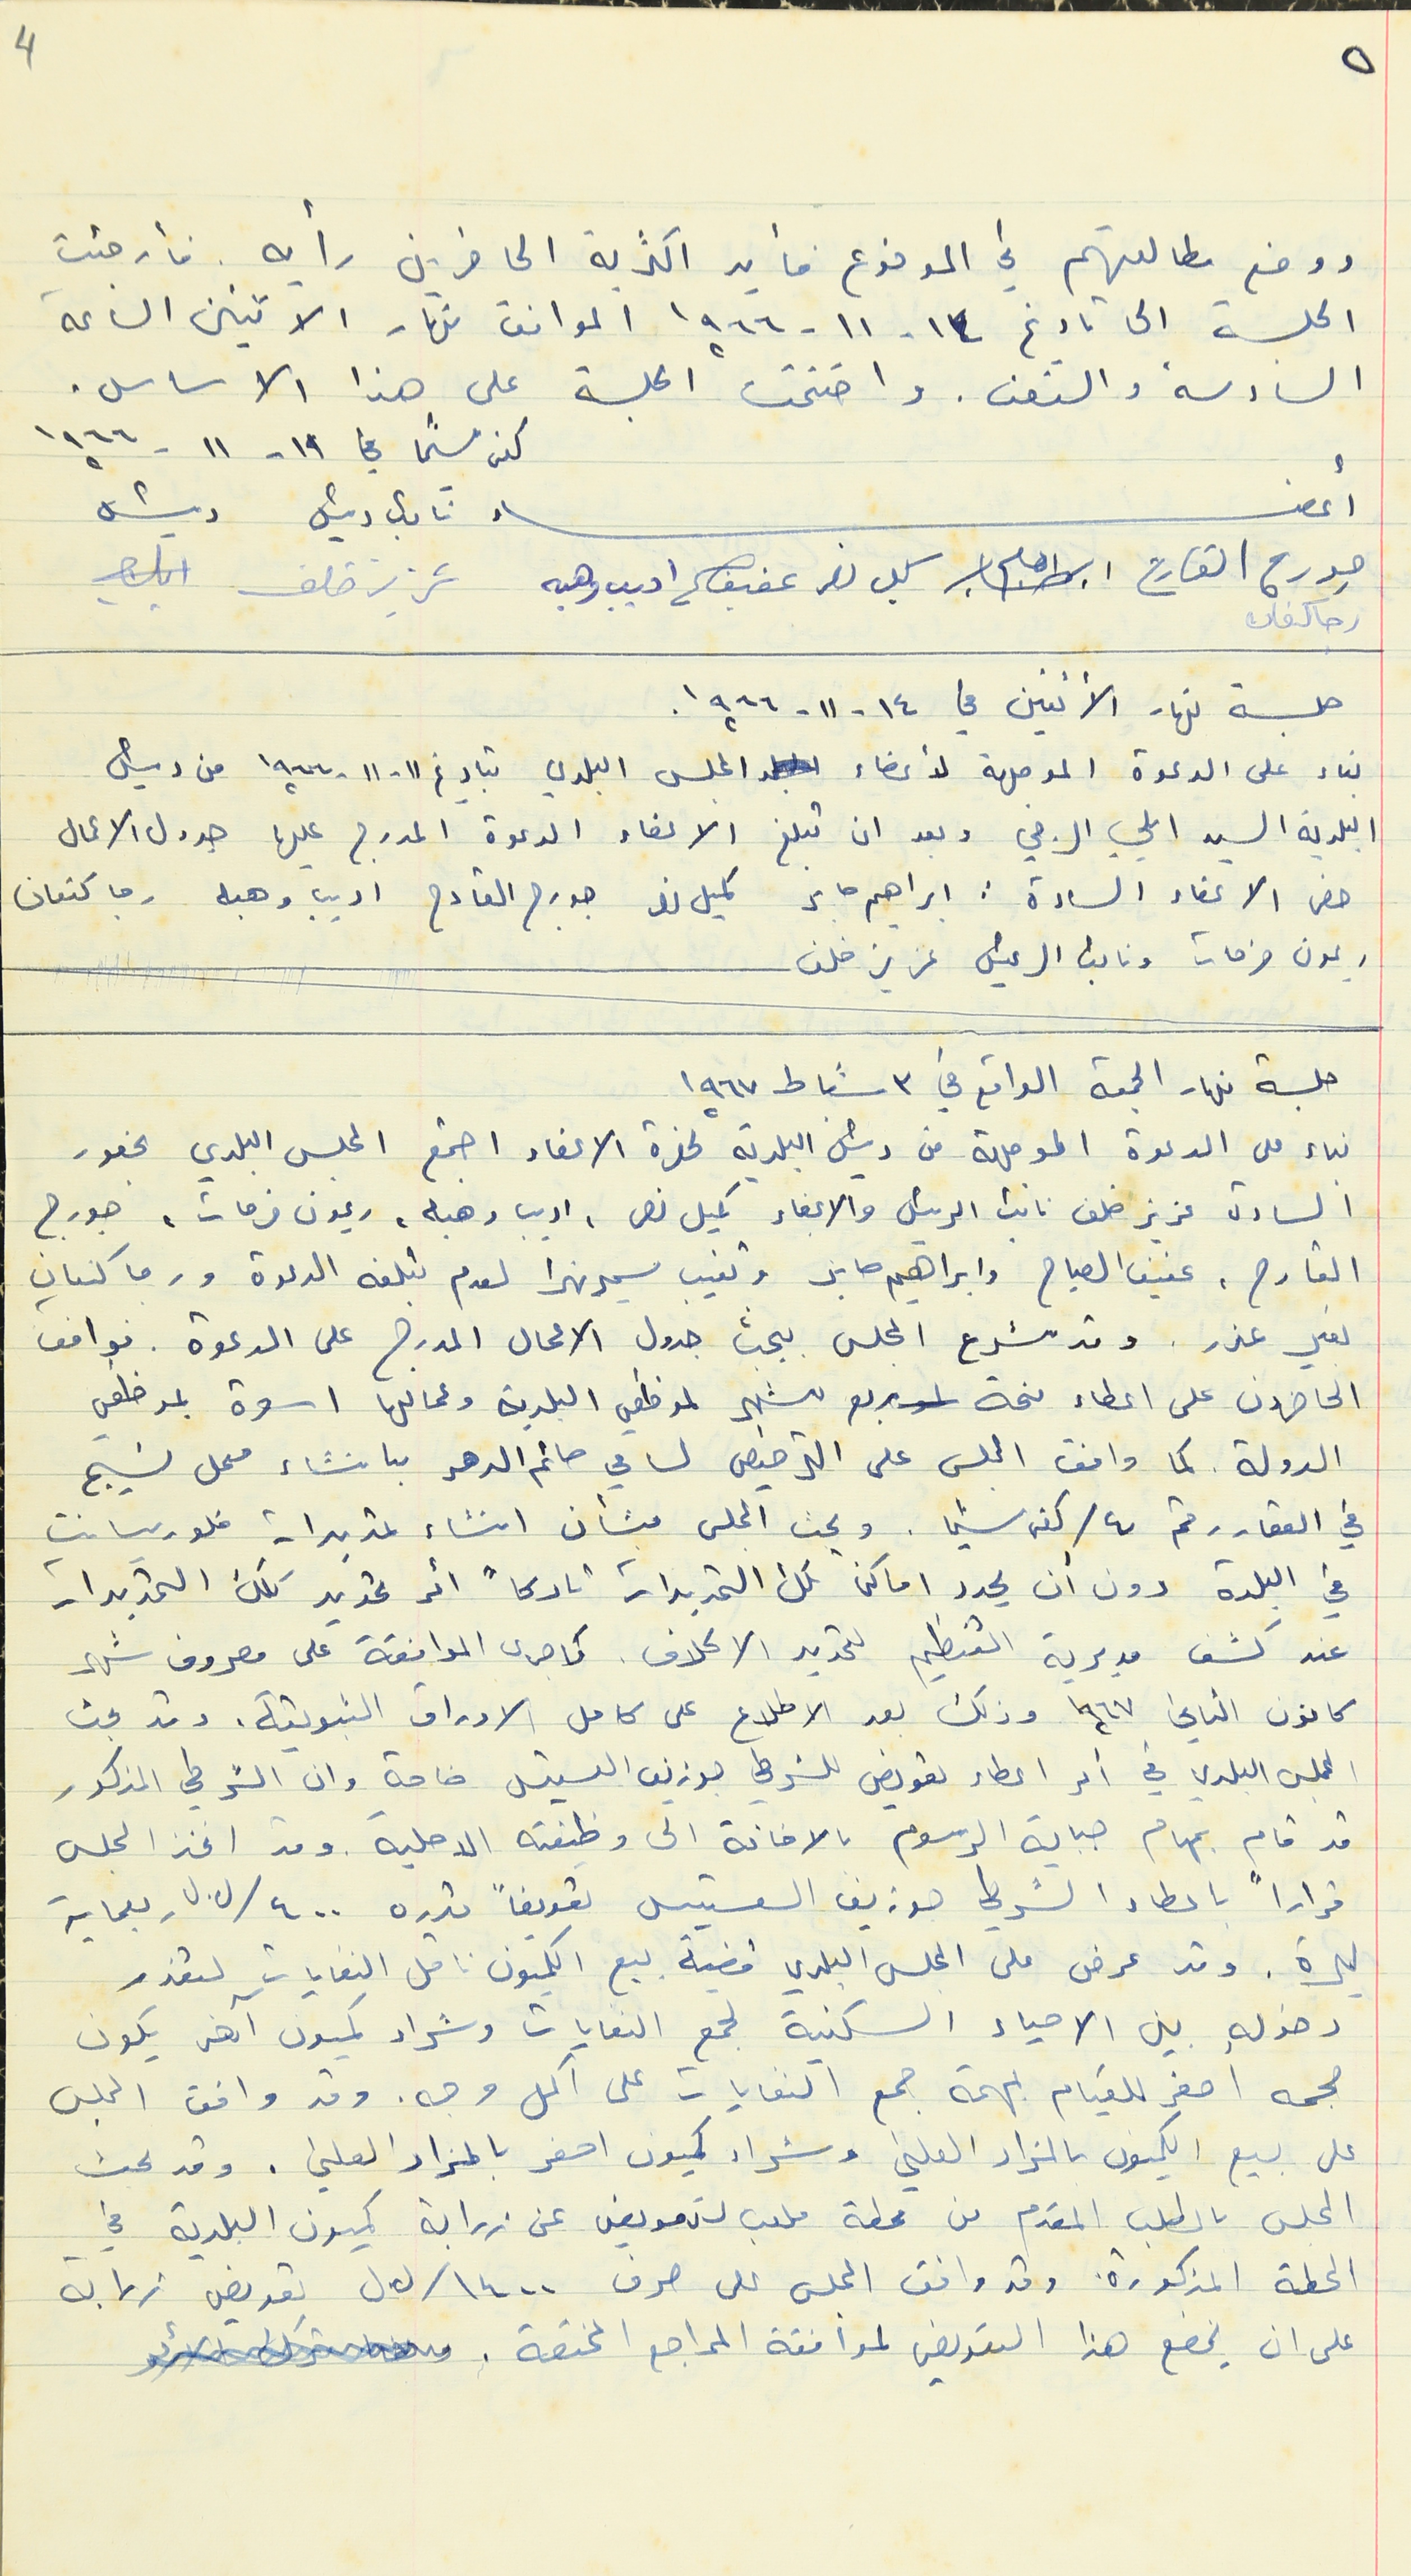
ووضع مطالعتهم في الموضوع فأيد اكثرية الحاضرين رأيه. فأرجئت
الجلسة الى تاريخ ١٤- ١١- ١٩٦٦ الموافق نهار الاثنين الساعة
السادسة والنصف. واختتمت الجلسة على هذا الاساس.
جورج القارح ابراهيم كميل نصر عفيف اديب وهبه عزيز خلف
جلسة نهار الأثنين في ١٤ - ١١- ١٩٦٦.
بناء على الدعوة الموجهة لأعضاء المجلس البلدي بتاريخ ١١ - ١١ - ١٩٦٦ من رئيس
البلدية السيد ايلي الرجي وبعد ان تبلغ الاعضاء الدعوة المدرج عليها جدول الاعمال
حضر الاعضاء السادة : ابراهيم صابر كميل نصر جورج القارح اديب وهبه رجا كتعان
ريمون فرحات ونائب الرئيس عزيز خلف
جلسة نهار الجمعة الواقع في ٣ شباط ١٩٦٧
بناء على الدعوة الموجهة من رئيس البلدية لحضرة الاعضاء اجتمع المجلس البلدي بحضور
السادة عزيز خلف نائب الرئيس والاعضاء كميل نصر ، اديب وهبه، ريمون فرحات، جورج
القارح، عفيف الصياح وابراهيم صابر وتغيب سمير نهرا لعدم تبلغه الدعوة ورجا كنعان
بغير عذر. وقد شرع المجلس ببحث جدول الاعمال المدرج على الدعوة . فوافق
 الحاضرون على اعطاء منحة ربع شهر لموظفي البلدية وعمالها اسوة بموظفي
الدولة كما وافق المجلس على الترخيص لسامي حاتم الدهر بانشاء معمل نسيج
في العقار رقم ٤ / كفرشيما. وبحث المجلس بشأن انشاء تمديدات فلوريسانت
في البلدة دون أن يحدد اماكن تلك التمديدات تاركاً أمر تحديد تلك التمديدات
عند كشف مديرية التنظيم لتحديد الاكلاف. كما جرى الموافقة على مصروف شهر
كانون الثاني ١٩٦٧ وذلك بعد الاطلاع على كامل الاوراق الثبوتية. وقد بحث
المجلس البلدي في امر اعطاء تعويض للشرطي جوزيف القسيس خاصة وان الشرطي المذكور
قد قام بمهام جباية الرسوم بالاضافة الى وظيفته الاصلية. وقد اتخذ المجلس
قراراً باعطاء الشرطي جوزيف القسيس تعويضاً قدره ٤٠٠ /ل.ل ربعماية
ليرة. وقد عرض على المجلس البلدي قضية بيع الكميون ناقل النفايات لتعذر
دخوله بين الاحياء السكنية لجمع النفايات وشراء كميون آخر يكون
حجمه اصغر للقيام بمهمة جمع النفايات على اكمل وجه. وقد وافق المجلس
 على بيع الكميون بالمزاد العلني وشراء كميون اصغر بالمزاد العلني. وقد بحث
المجلس بالطلب المقدم من محطة ملعب لتعويض عن زرابة كميون البلدية في
المحطة المذكورة. وقد وافق المجلس على صرف ١٤٠٠/ ل.ل تعويض زرابة
على ان يخضع هذا التعويض لموافقة المراجع المختصة .
كفرشيما في ١٩ - ١١ -١٩٦٦
٥
4
أعضاء نائب رئيس رئيس